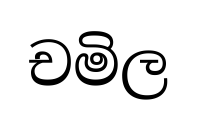
චමිල